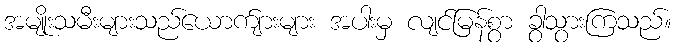
အမျိုးသမီးများသည်ယောက်ျားများ အပါးမှ လျင်မြန်စွာ ခွာသွားကြသည်။